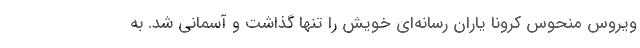
ویروس منحوس کرونا یاران رسانه‌ای خویش را تنها گذاشت و آسمانی شد. به